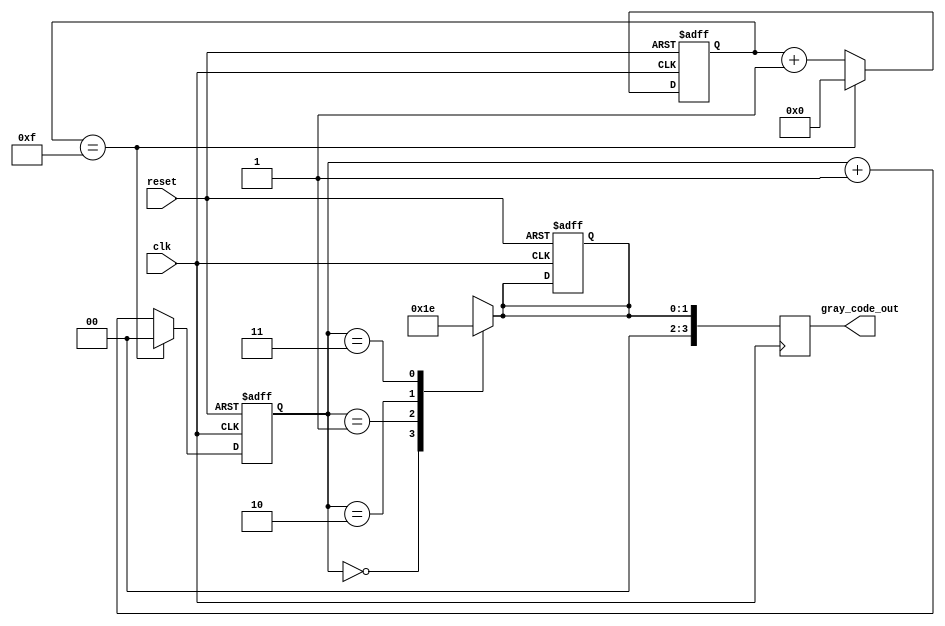
module gray_counter_clock_divider (
    input wire clk,
    input wire reset,
    output reg [3:0] gray_code_out
);

reg [3:0] counter;
reg [1:0] counter_sync;
reg [1:0] gray_code;

always @ (posedge clk or posedge reset) begin
    if (reset) begin
        counter <= 0;
        counter_sync <= 0;
        gray_code <= 0;
    end else begin
        if (counter == 4'b1111) begin
            counter <= 4'b0000;
            counter_sync <= 2'b00;
        end else begin
            counter <= counter + 1;
            counter_sync <= counter_sync + 1;
        end
    end
end

always @ (*) begin
    case (counter_sync)
        2'b00: gray_code <= 2'b00;
        2'b01: gray_code <= 2'b01;
        2'b10: gray_code <= 2'b11;
        2'b11: gray_code <= 2'b10;
    endcase
end

always @ (posedge clk) begin
    gray_code_out <= gray_code;
end

endmodule